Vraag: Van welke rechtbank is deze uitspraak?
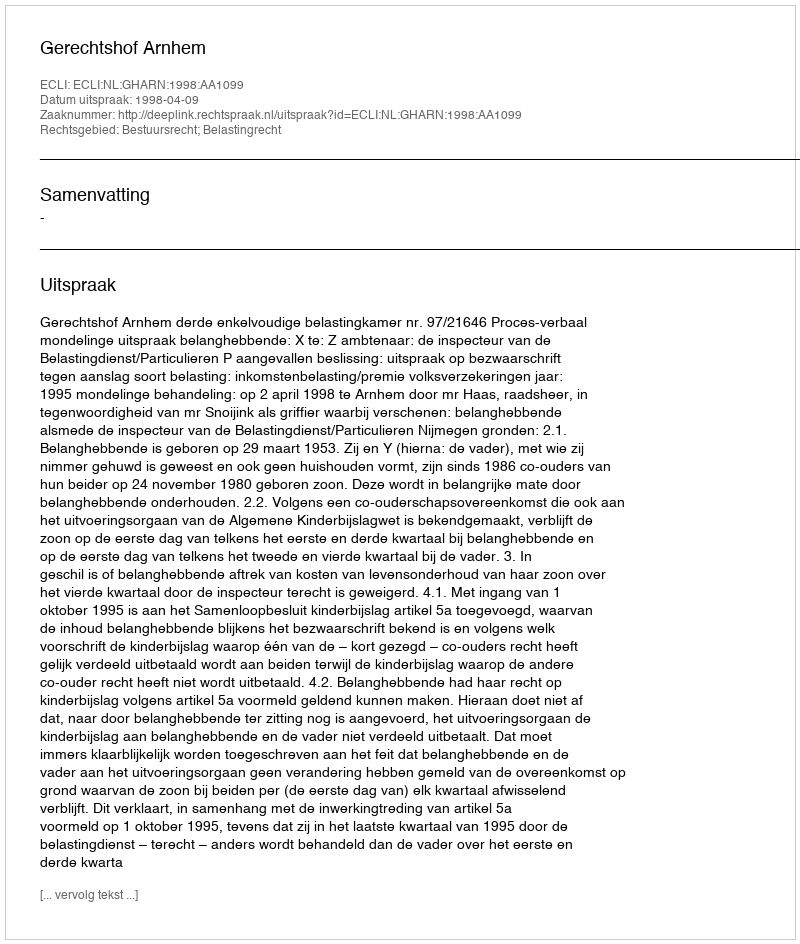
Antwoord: Gerechtshof Arnhem